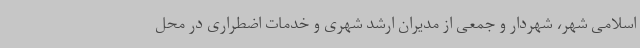
اسلامی شهر، شهردار و جمعی از مدیران ارشد شهری و خدمات اضطراری در محل